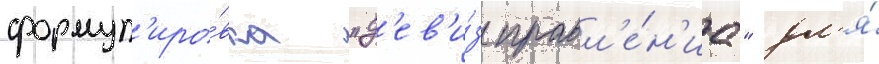
формул'иро́вка "д'ев'и́з правл'е́н'иа" дл'я́